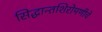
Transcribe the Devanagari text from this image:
सिद्धान्तशिरोमणीचे